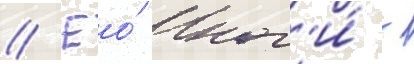
// Ео́ ног'и́ -